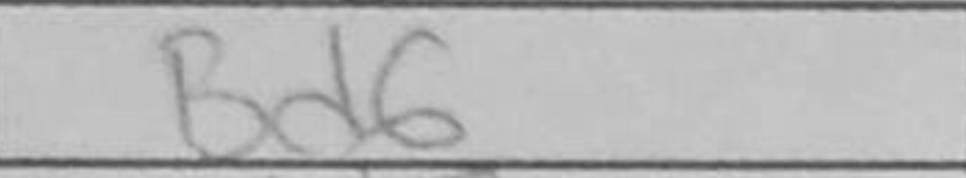
Transcription: Bd6